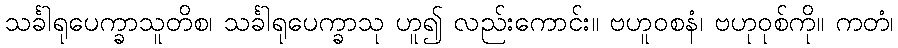
သင်္ခါရုပေက္ခာသူတိစ၊ သင်္ခါရုပေက္ခာသု ဟူ၍ လည်းကောင်း။ ဗဟူဝစနံ၊ ဗဟုဝုစ်ကို။ ကတံ၊